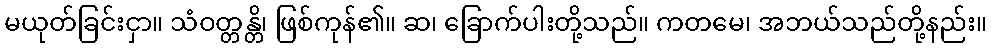
မယုတ်ခြင်းငှာ။ သံဝတ္တန္တိ၊ ဖြစ်ကုန်၏။ ဆ၊ ခြောက်ပါးတို့သည်။ ကတမေ၊ အဘယ်သည်တို့နည်း။